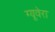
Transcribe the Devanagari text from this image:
ग्यूवेरा